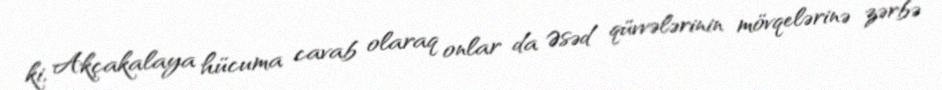
ki, Akçakalaya hücuma cavab olaraq onlar da Əsəd qüvvələrinin mövqelərinə zərbə